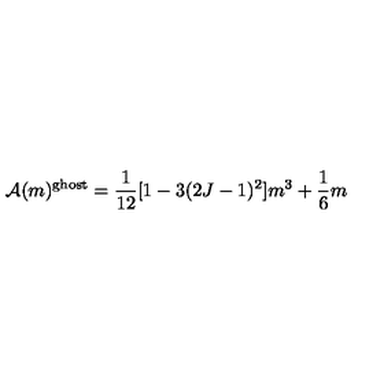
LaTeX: { \cal A } ( m ) ^ { \mathrm { g h o s t } } = \frac { 1 } { 1 2 } [ 1 - 3 ( 2 J - 1 ) ^ { 2 } ] m ^ { 3 } + \frac { 1 } { 6 } m